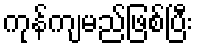
ကုန်ကျမည်ဖြစ်ပြီး